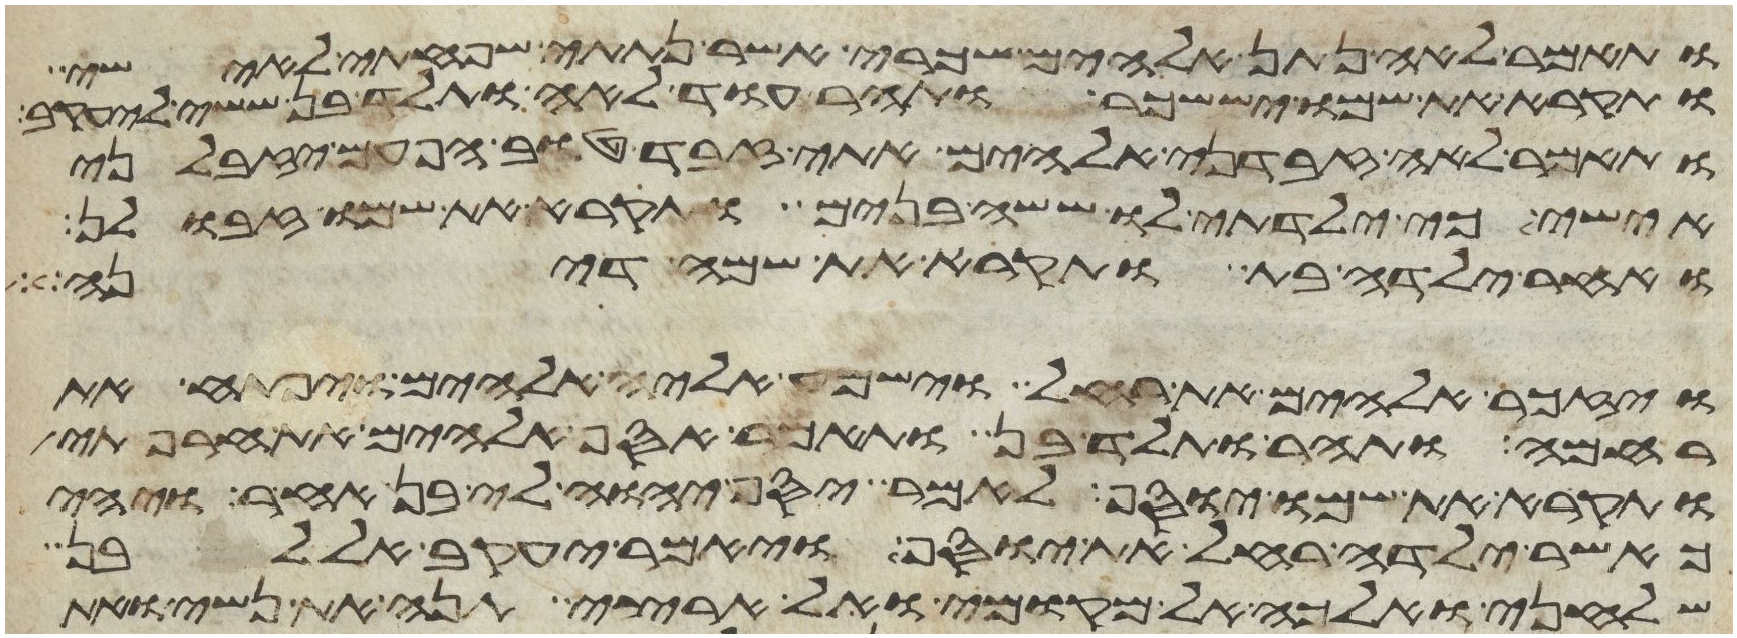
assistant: ותאמר לאה נתן אלהים שכרי אשר נתתי שפחתי לאישי
ותקרא את שמו יששכר ותהר עוד לאה ותלד בן ששי ליעקב
ותאמר לאה זבדני אלהים אתי זבד טוב הפעם יזבלני
אישי כי ילדתי לו ששה בנים ותקרא את שמו זבולן
ואחר ילדה בת ותקרא את שמה דינה
ויזכר אלהים את רחל וישמע אליה אלהים ויפתח את
רחמה ותהר ותלד בן ותאמר אסף אלהים את חרפתי
ותקרא את שמו יוסף לאמר יסף יהוה לי בן אחר ויהי
כאשר ילדה רחל את יוסף ויאמר יעקב אל לבן
שלחני ואלכה אל מקומי ואל ארצי תנה את נשי ואת